38_143685_box_Incident_Summaries_173-233
Agency: Department of War
Page 118
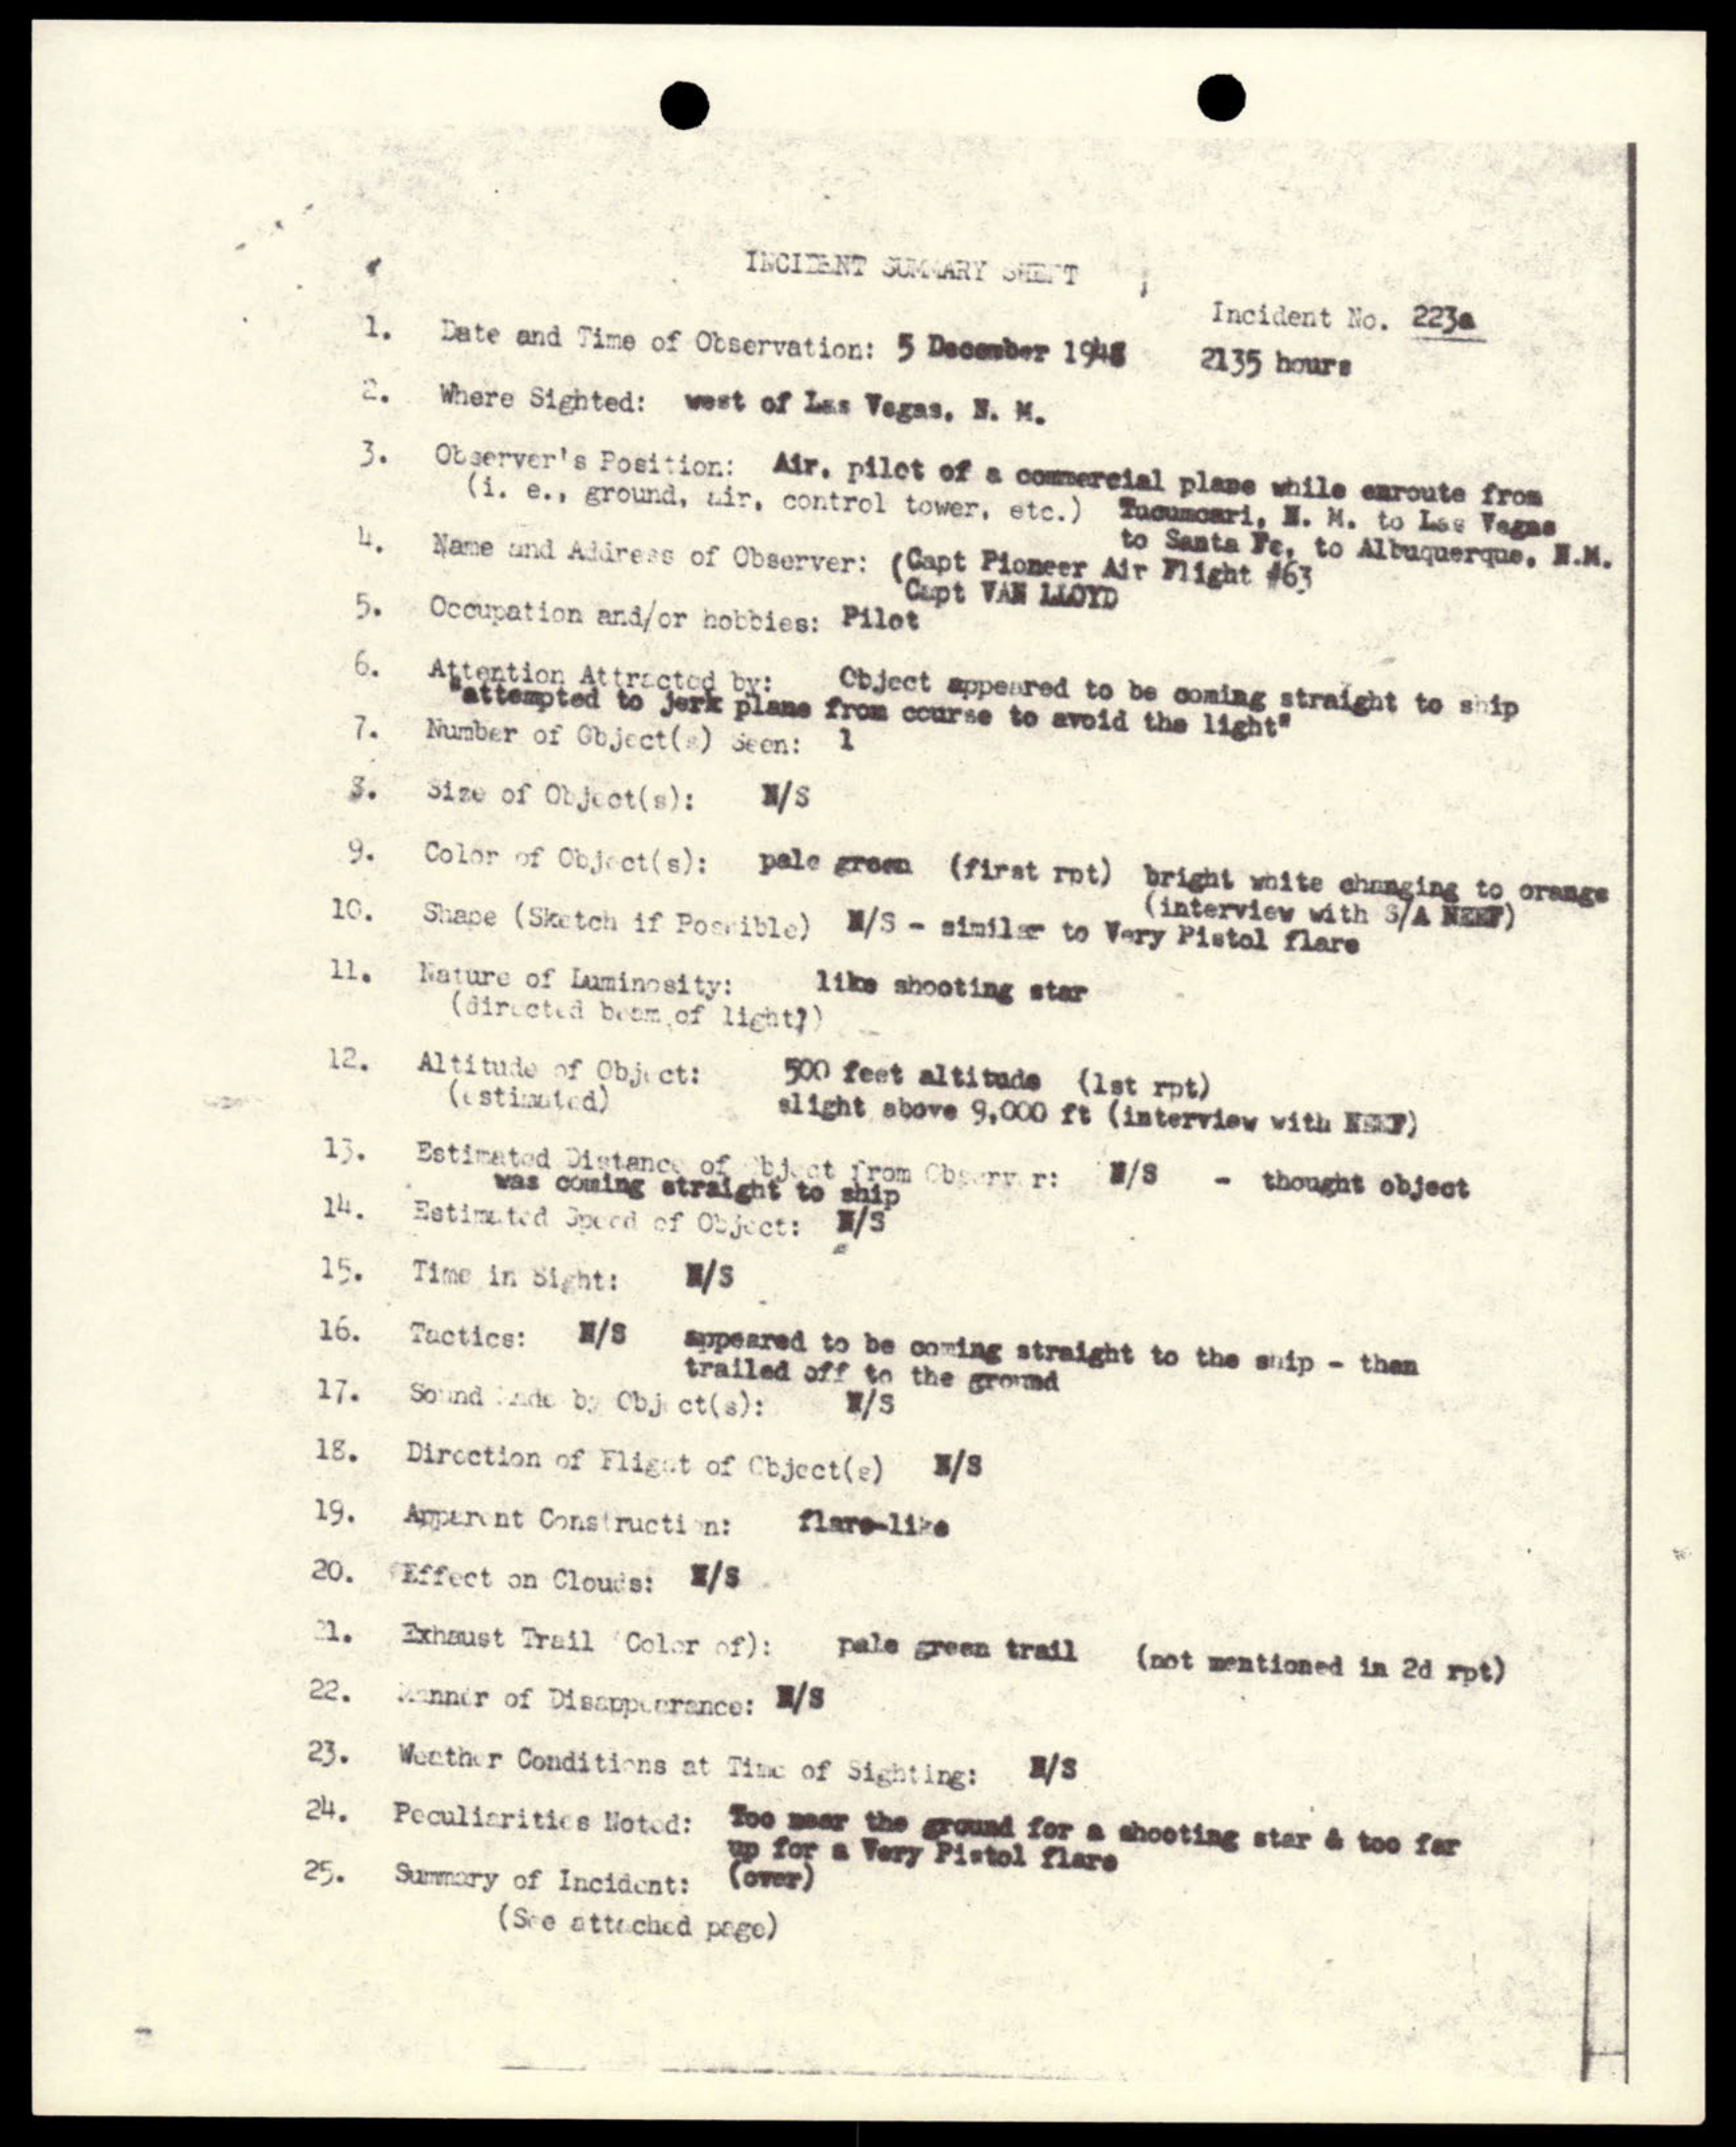